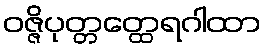
ဝဇ္ဇိပုတ္တတ္ထေရဂါထာ